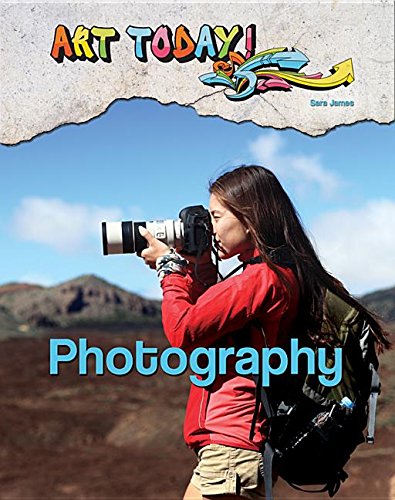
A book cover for Photography (Art Today!); Sara James; Teen & Young Adult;